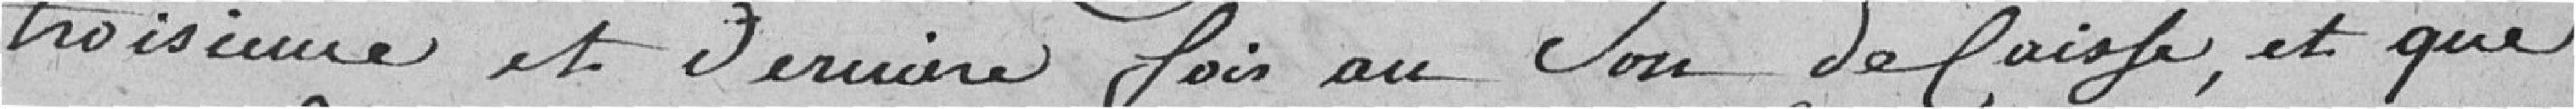
troisième et dernière fois au sou defaisge, et que